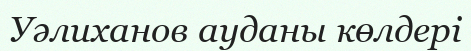
Уәлиханов ауданы көлдері